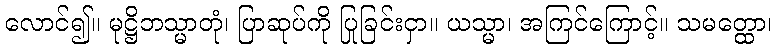
လောင်၍။ မုဋ္ဌိဘသ္မာတုံ၊ ပြာဆုပ်ကို ပြုခြင်းငှာ။ ယသ္မာ၊ အကြင်ကြောင့်။ သမတ္ထော၊